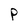
Character: P